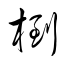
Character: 椡